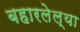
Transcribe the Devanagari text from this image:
बहारलेल्या